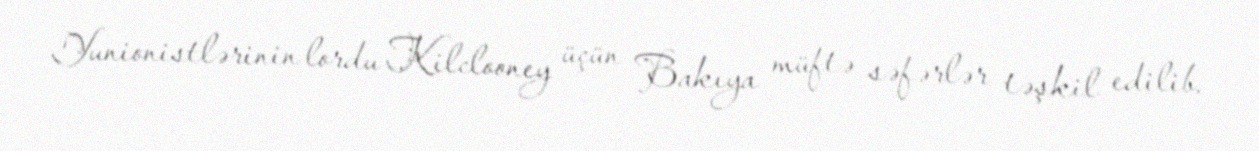
Yunionistlərinin lordu Kilclooney üçün Bakıya müftə səfərlər təşkil edilib.